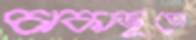
চাকাজুতো